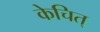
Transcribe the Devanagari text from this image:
केचित्